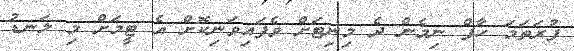
ފުރަތަމަ ހާފް ނިމެން ދެ މިނިޓަށް ވެފައިވަނިކޮށް އެ ޓީމަށް މި ލަނޑު